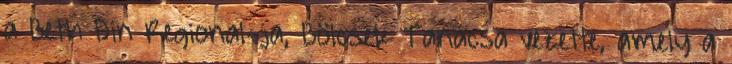
a Beth Din Regional-ja, Bölcsek Tanácsa vezette, amely a